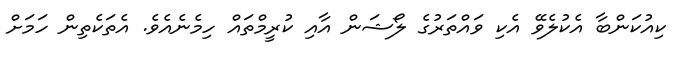
ކިއުކަންބާ އެކުލެވޭ އެކި ވައްތަރުގެ ލޯޝަން އާއި ކުރީމްތައް ހިމެނެއެވެ. އެތަކެތިން ހަމަށް